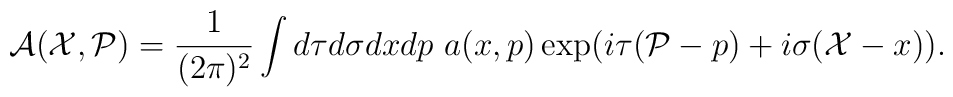
{\cal A}({\cal X},{\cal P}) =\frac{1}{(2\pi)^2}\int d\tau d\sigma dx dp ~a(x,p) \exp (i\tau ({\cal P}-p)+i\sigma ({\cal X}-x)).